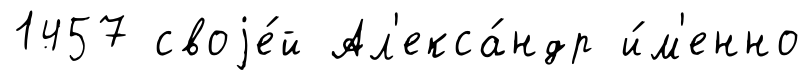
1457 своjе́й Ал'екса́ндр и́м'енно